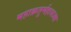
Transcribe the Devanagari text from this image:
महाक्रतुर्महायज्वा